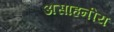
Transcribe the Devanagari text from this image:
असाहनीय